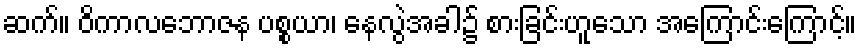
ဆက်။ ဝိကာလဘောဇန ပစ္စယာ၊ နေလွဲအခါ၌ စားခြင်းဟူသော အကြောင်းကြောင့်။